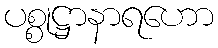
ပစ္စုဋ္ဌာနာရဟော